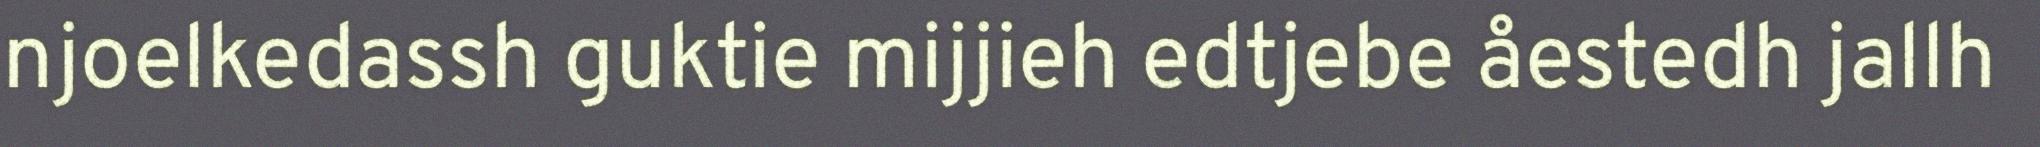
njoelkedassh guktie mijjieh edtjebe åestedh jallh